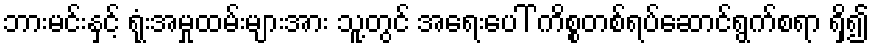
ဘားမင်းနှင့် ရုံးအမှုထမ်းများအား သူ့တွင် အရေးပေါ် ကိစ္စတစ်ရပ်ဆောင်ရွက်စရာ ရှိ၍